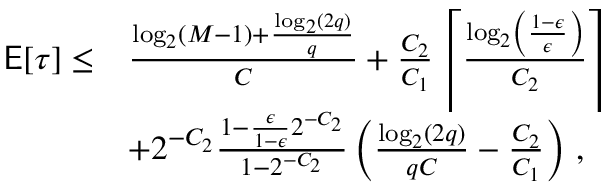
\begin{array} { r l } { \mathsf { E } [ \tau ] \le } & { \frac { \log _ { 2 } ( M - 1 ) + \frac { \log _ { 2 } ( 2 q ) } { q } } { C } + \frac { C _ { 2 } } { C _ { 1 } } \left\lceil \frac { \log _ { 2 } \left( \frac { 1 - \epsilon } { \epsilon } \right) } { C _ { 2 } } \right\rceil } \\ & { + 2 ^ { - C _ { 2 } } \frac { 1 - \frac { \epsilon } { 1 - \epsilon } 2 ^ { - C _ { 2 } } } { 1 - 2 ^ { - C _ { 2 } } } \left( \frac { \log _ { 2 } ( 2 q ) } { q C } - \frac { C _ { 2 } } { C _ { 1 } } \right) \, , } \end{array}